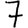
Digit: 7